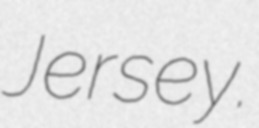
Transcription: Jersey.